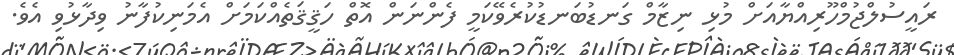
ރައީސުލްޖުމްހޫރިއްޔާއަށް މުޅި ނިޒާމް ގަނޑުބަނޑުކުރެވޭކަމީ ފެންނަން އޮތް ހަޤީޤަތެއްކަމަށް އެމަނިކުފާނު ވިދާޅުވި އެވެ.